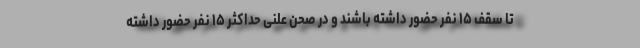
تا سقف ۱۵ نفر حضور داشته باشند و در صحن علنی حداکثر ۱۵ نفر حضور داشته